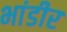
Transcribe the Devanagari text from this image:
भांडीर